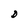
Character: D